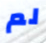
لم